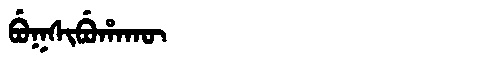
Manchu: ᠪᡠᡴᠰᡳᠪᡠᡥᠠᡴᡡ
Romanization: BUKSIBUHAKŪ